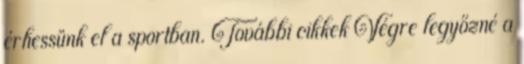
érhessünk el a sportban. További cikkek Végre legyőzné a